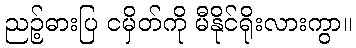
ညဉ့်ဓားပြ ငမှိတ်ကို မီနိုင်ရိုးလားကွာ။